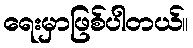
ရေးမှာဖြစ်ပါတယ်။